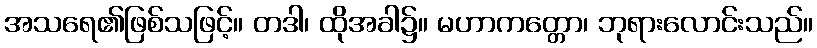
အသရေ၏ဖြစ်သဖြင့်။ တဒါ၊ ထိုအခါ၌။ မဟာကတ္တော၊ ဘုရားလောင်းသည်။